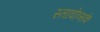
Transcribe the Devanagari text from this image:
स्तावोव्सके